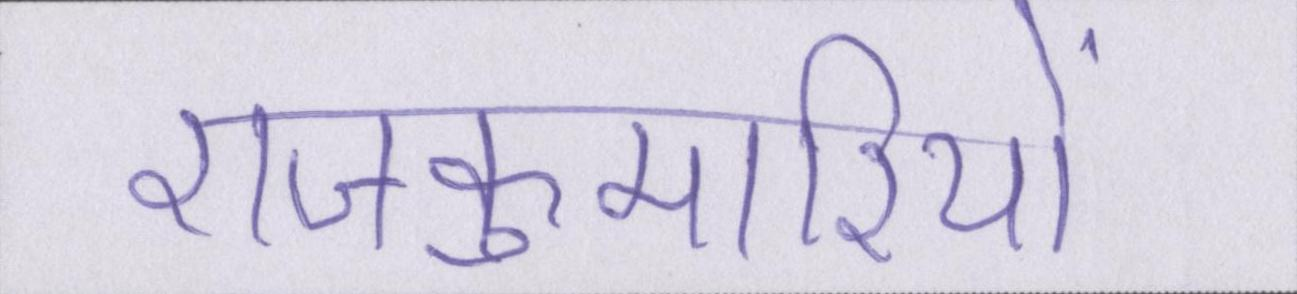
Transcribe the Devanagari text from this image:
राजकुमारियों